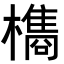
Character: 𭬥